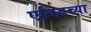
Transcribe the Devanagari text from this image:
एनिडच्या